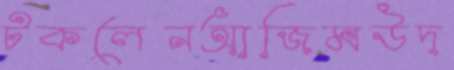
টকলেনআজিমউদ